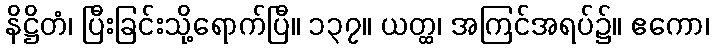
နိဋ္ဌိတံ၊ ပြီးခြင်းသို့ရောက်ပြီ။ ၁၃၇။ ယတ္ထ၊ အကြင်အရပ်၌။ ဧကော၊